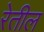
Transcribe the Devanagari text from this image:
रेतील